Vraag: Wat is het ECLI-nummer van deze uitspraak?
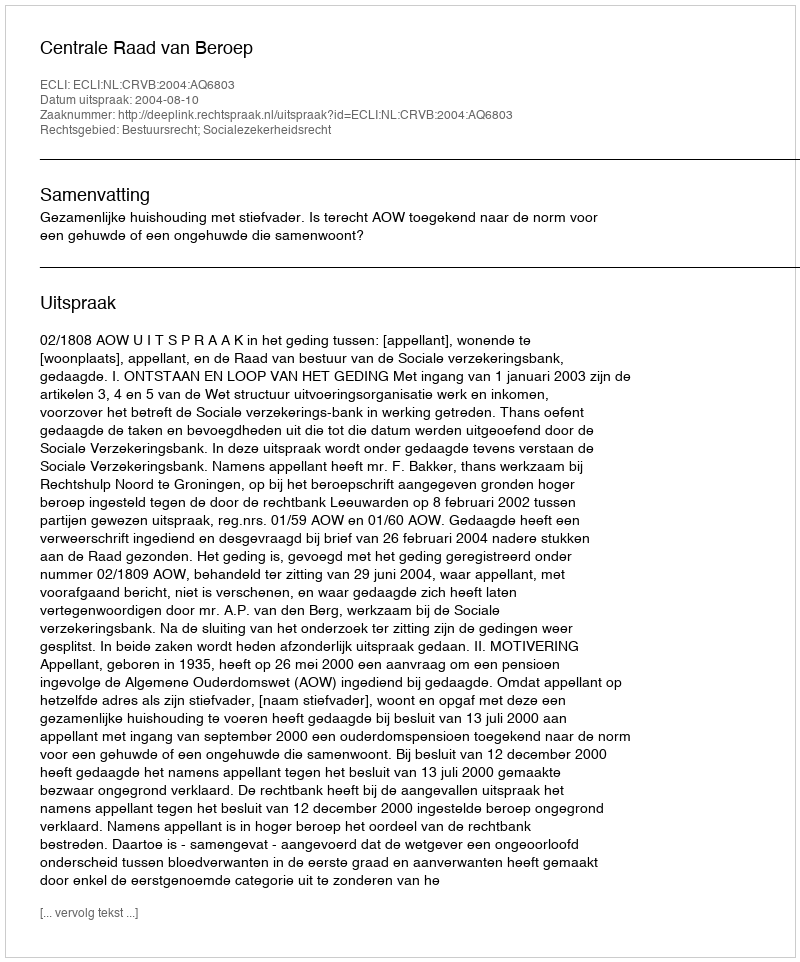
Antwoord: ECLI:NL:CRVB:2004:AQ6803